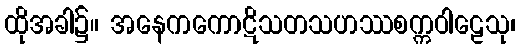
ထိုအခါ၌။ အနေကကောဋိသတသဟဿစက္ကဝါဠေသု၊